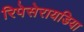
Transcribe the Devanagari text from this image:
रिपेसेरायडिया